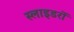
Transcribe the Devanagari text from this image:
स्लाइडरों